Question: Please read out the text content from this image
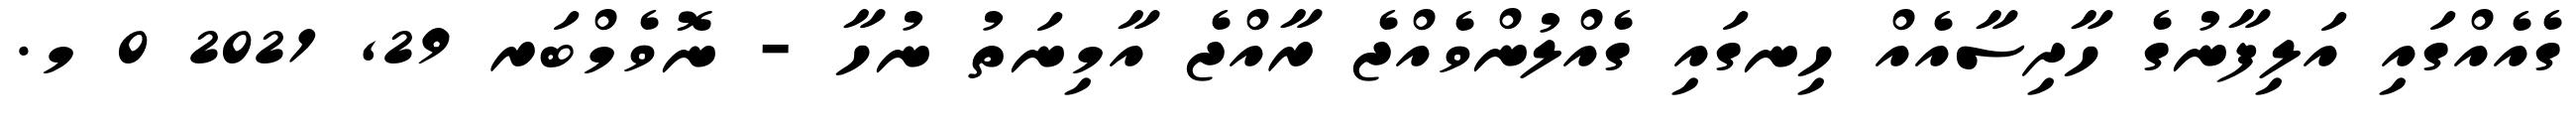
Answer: ގެއެއްގައި އަލިފާނުގެ ހާދިސާއެއް ހިނގައި ގެއްލުންވެއްޖެ ރާއްޖެ އާމިނަތު ނުހާ - ނޮވެމްބަރ 29, 2021 0 މ.